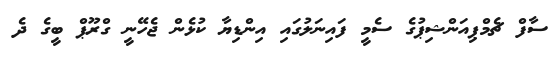
ސާފް ޗެމްޕިއަންޝިޕުގެ ސެމީ ފައިނަލުގައި އިންޑިޔާ ކުޅެން ޖެހޭނީ ގްރޫޕް ބީގެ ދެ